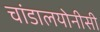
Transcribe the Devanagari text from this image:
चांडालयोनीसी